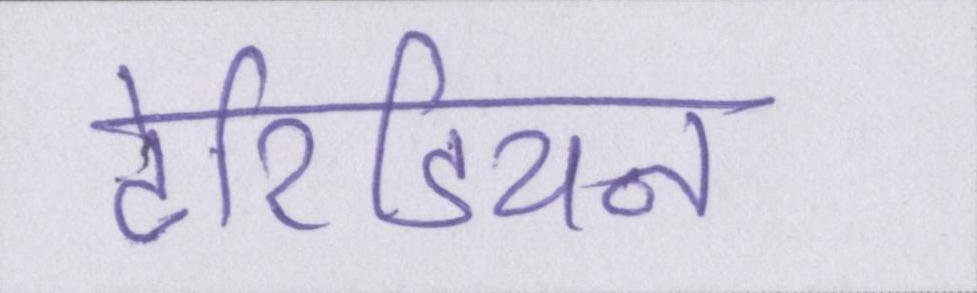
टेरिडियन